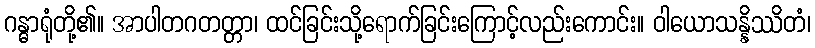
ဂန္ဓာရုံတို့၏။ အာပါတဂတတ္တာ၊ ထင်ခြင်းသို့ရောက်ခြင်းကြောင့်လည်းကောင်း။ ဝါယောသန္နိဿိတံ၊